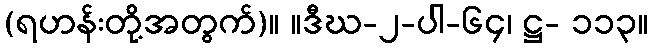
(ရဟန်းတို့အတွက်)။ ။ဒီဃ-၂-ပါ-၆၄၊ ဋ္ဌ- ၁၁၃။